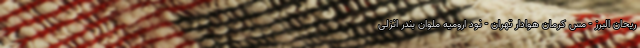
ریحان البرز - مس کرمان هوادار تهران - نود ارومیه ملوان بندر انزلی